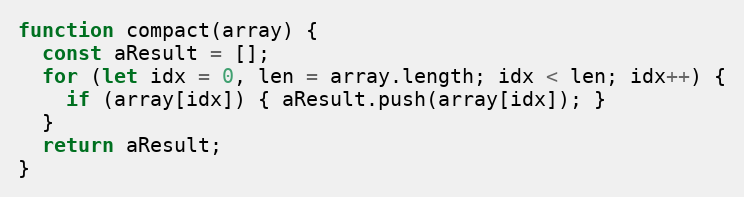
Language: JavaScript
function compact(array) {
  const aResult = [];
  for (let idx = 0, len = array.length; idx < len; idx++) {
    if (array[idx]) { aResult.push(array[idx]); }
  }
  return aResult;
}